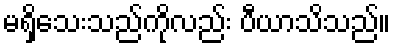
မရှိသေးသည်ကိုလည်း ပီယာသိသည်။